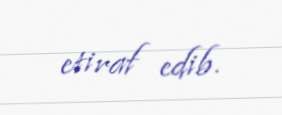
etiraf edib.